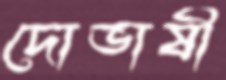
দোভাষী